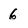
Character: 6